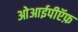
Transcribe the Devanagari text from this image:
ओआईपीऍफ़